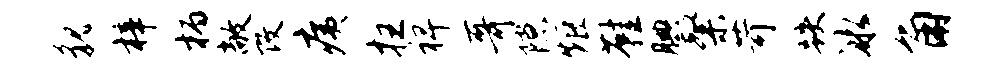
貌梓柄敞改痍拄裨哥隙炬鞋腆粲苛跌冰角